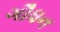
ગૌધન